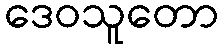
ဒေဝသူတော